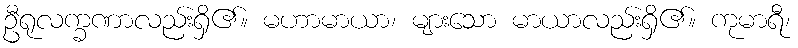
ဦရုလက္ခဏာလည်းရှိ၏။ မဟာမာယာ၊ များသော မာယာလည်းရှိ၏။ ကုမာရီ၊